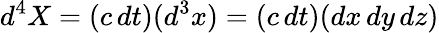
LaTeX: d^{4}X=(c\, dt)(d^{3}x)=(c\, dt)(dx\, dy\, dz)